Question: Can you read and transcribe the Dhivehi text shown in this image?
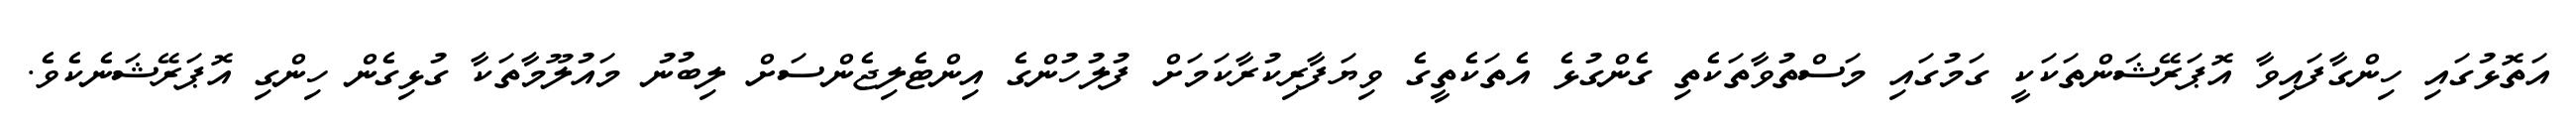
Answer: އަތޮޅުގައި ހިންގާފައިވާ އޮޕަރޭޝަންތަކަކީ ގަމުގައި މަސްތުވާތަކެތި ގެންގުޅެ އެތަކެތީގެ ވިޔަފާރިކުރާކަމަށް ފުލުހުންގެ އިންޓެލިޖެންސަށް ލިބުނު މައުލޫމާތަކާ ގުޅިގެން ހިންގި އޮޕަރޭޝަނެކެވެ.